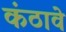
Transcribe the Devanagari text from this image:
कंठावे